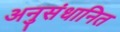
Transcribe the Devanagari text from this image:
अनुसंधानित